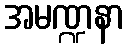
အမဏ္ဍနာ